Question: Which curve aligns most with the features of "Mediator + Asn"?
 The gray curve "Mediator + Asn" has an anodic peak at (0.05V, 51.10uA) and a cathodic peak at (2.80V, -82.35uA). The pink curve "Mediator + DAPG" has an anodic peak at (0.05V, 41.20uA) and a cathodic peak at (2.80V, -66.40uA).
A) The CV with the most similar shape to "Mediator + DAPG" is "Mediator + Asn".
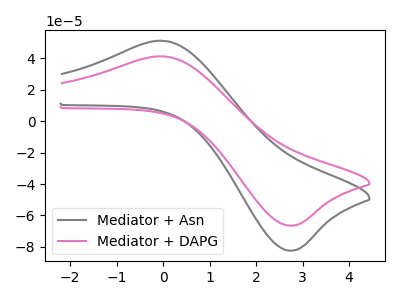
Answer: <think>All the peaks in "Mediator + Asn" have a peak in "Mediator + DAPG" at the same potential. Every peak in "Mediator + Asn" is higher than every peak in "Mediator + DAPG".
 </think>
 <answer>A) The CV with the most similar shape to "Mediator + DAPG" is "Mediator + Asn".</answer>
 <eval>A</eval>